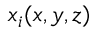
x _ { i } ( x , y , z )